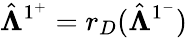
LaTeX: \hat{\boldsymbol{\Lambda}}^{1^{+}}=r_{D}(\hat{\boldsymbol{\Lambda}}^{1^{-}})